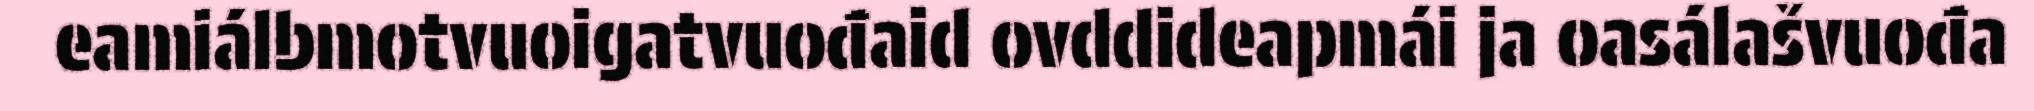
eamiálbmotvuoigatvuođaid ovddideapmái ja oasálašvuođa